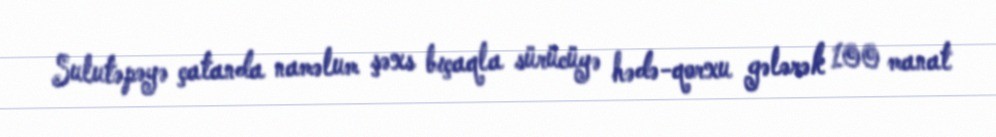
Sulutəpəyə çatanda naməlum şəxs bıçaqla sürücüyə hədə-qorxu gələrək 100 manat